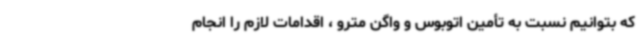
که بتوانیم نسبت به تأمین اتوبوس و واگن مترو ، اقدامات لازم را انجام